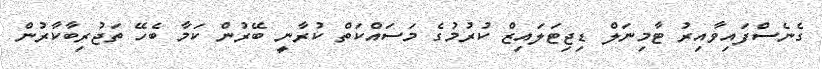
ގެނެސްފައިވާއިރު ޓާމިނަލް ޑިޖިޓަލައިޒް ކުރުމުގެ މަސައްކަތް ކުރާނީ ބޭރުން ކަމާ ބެހޭ ތަޖުރިބާކާރުން